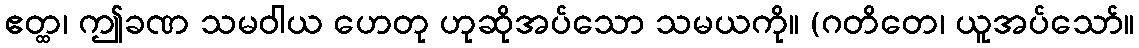
ဧတ္ထ၊ ဤခဏ သမဝါယ ဟေတု ဟုဆိုအပ်သော သမယကို။ (ဂတိတေ၊ ယူအပ်သော်။